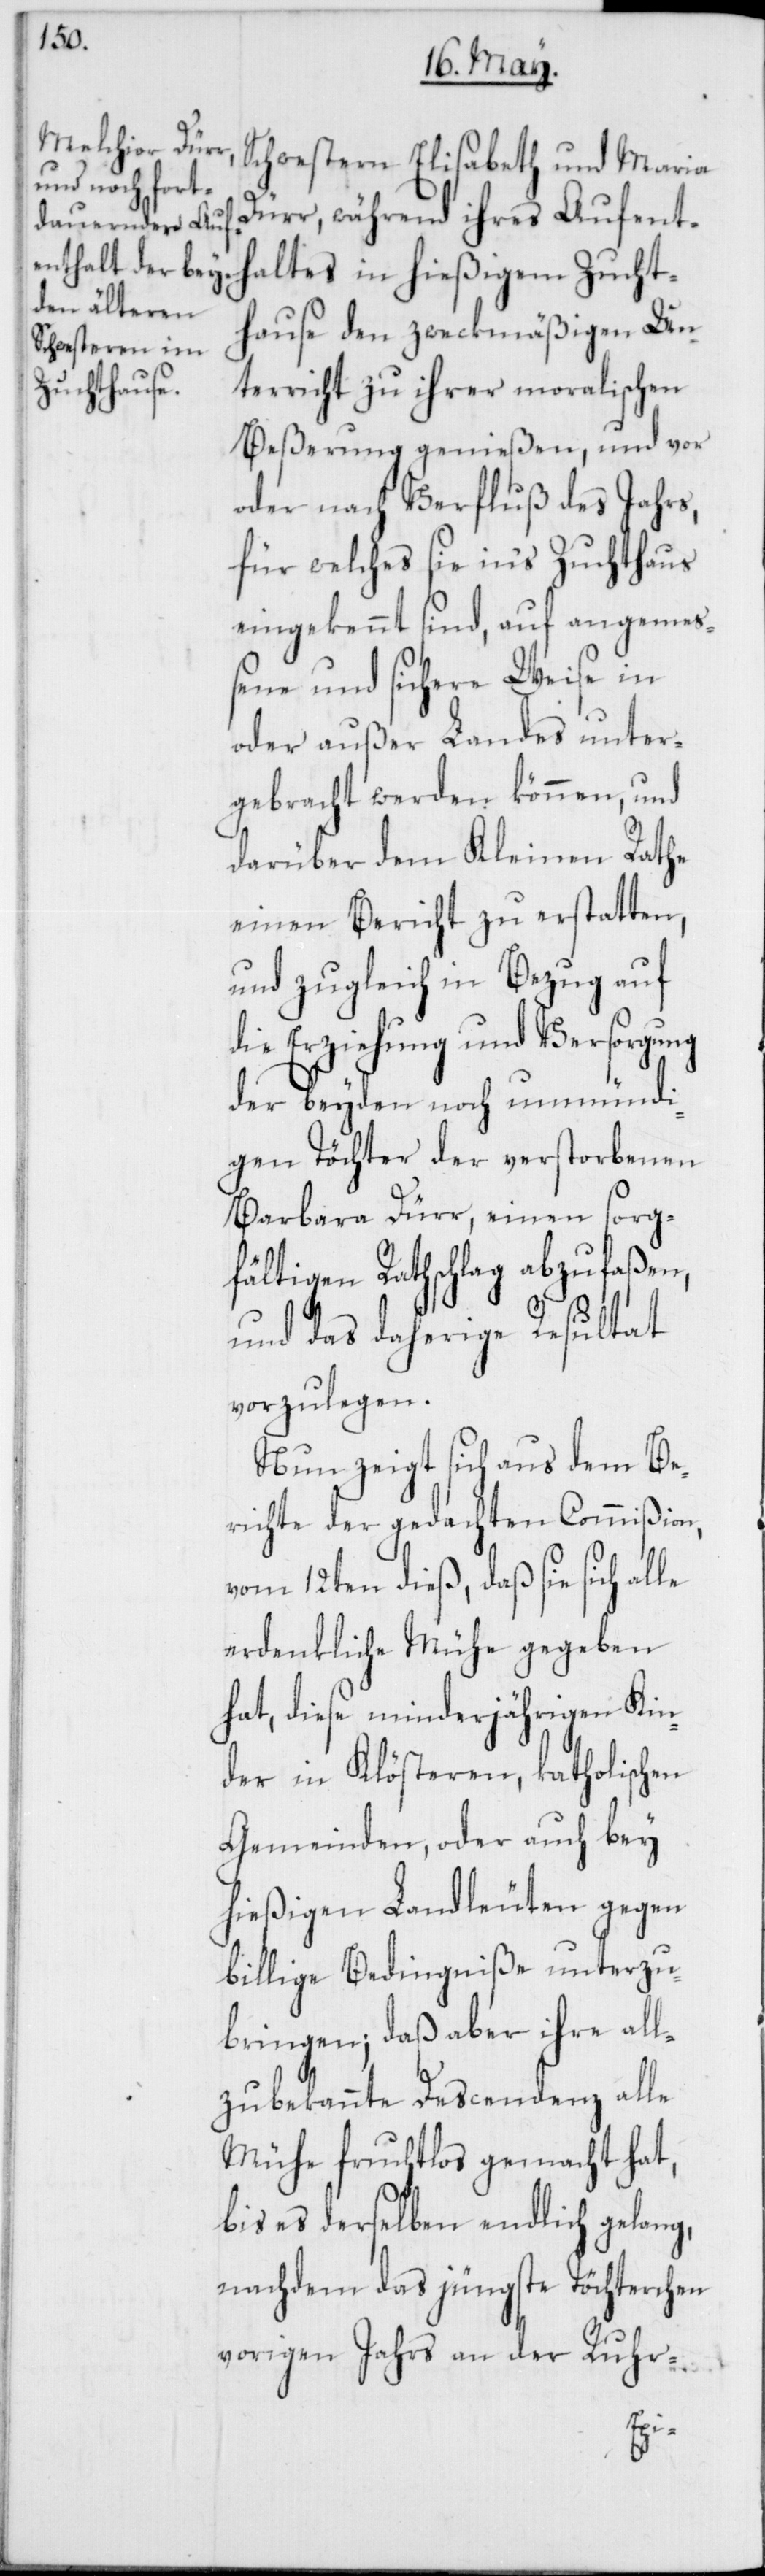
Schwestern Elisabeth und Maria
Dürr, während ihres Aufent¬
haltes in hießigem Zucht¬
hause den zweckmäßigen Un¬
terricht zu ihrer moralischen
Beßerung genießen, und vor
oder nach Verfluß des Jahrs,
für welches sie in‘s Zuchthaus
eingekennt sind, auf angemeß¬
ene und sichere Weise in
oder außer Landes unter¬
gebracht werden können, und
darüber dem Kleinen Rathe
einen Bericht zu erstatten,
und zugleich in Bezug auf
die Erziehung und Versorgung
der beyden noch unmündi¬
gen Töchter der verstorbenen
Barbara Dürr, einen sorg¬
fältigen Rathschlag abzufaßen,
und das daherige Resultat
vorzulegen.
Nun zeigt sich aus dem Be¬
richte der gedachten Commißion,
vom 12ten dieß, daß sie sich alle
erdenkliche Mühe gegeben
hat, diese minderjährigen Kin¬
der in Klösteren, katholischen
Gemeinden, oder auch bey
hießigen Landleuten gegen
billige Bedingniße unterzu¬
bringen; daß aber ihre all¬
zubekannte Descendenz alle
Mühe fruchtlos gemacht hat,
bis es derselben endlich gelang,
nachdem das jüngste Töchterchen
vorigen Jahrs an der Ruhr-